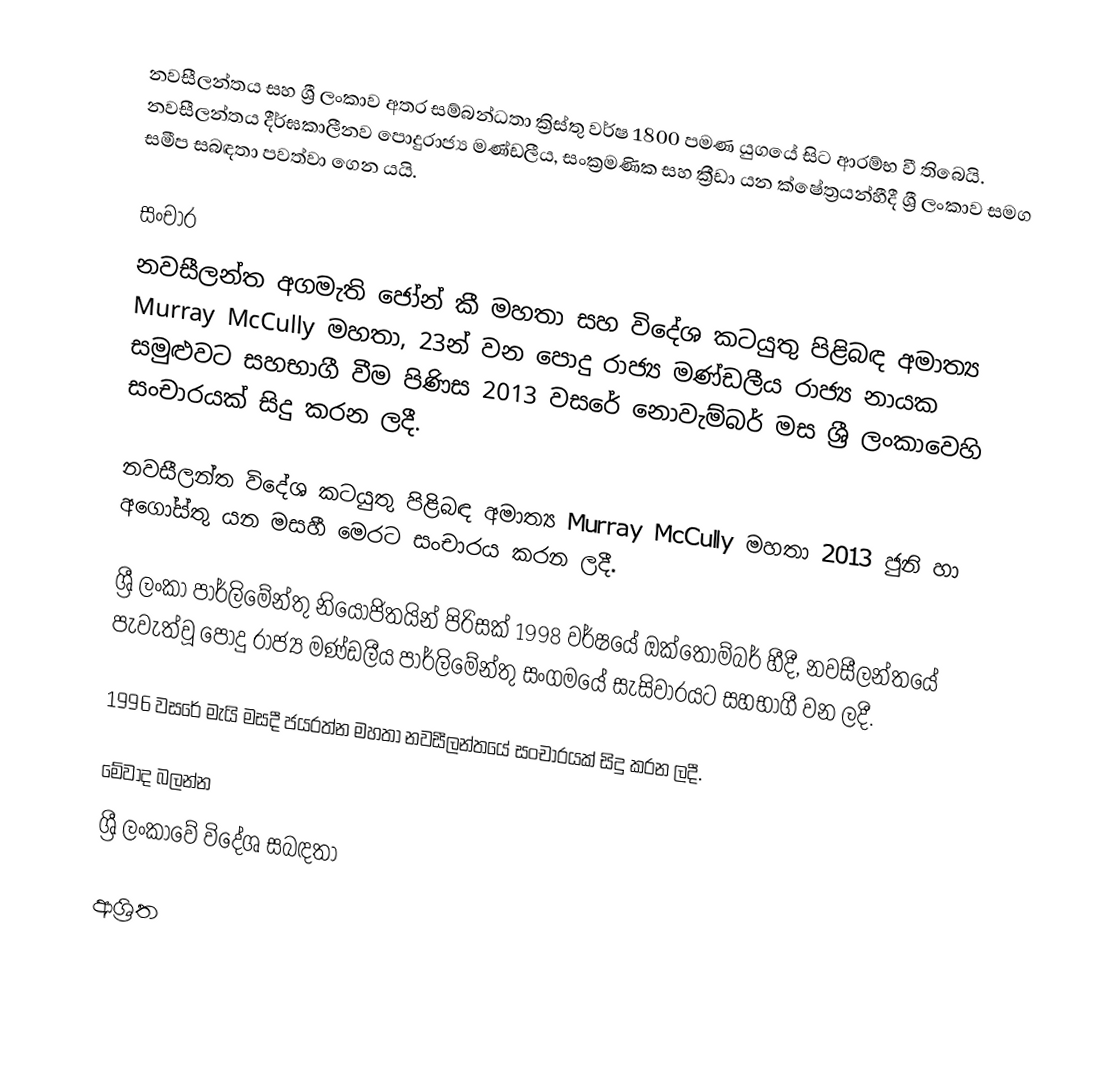
නවසීලන්තය සහ ශ්‍රී ලංකාව අතර සම්බන්ධතා ක්‍රිස්තු වර්ෂ 1800 පමණ යුගයේ සිට ආරම්භ වී තිබෙයි. නවසීලන්තය දීර්ඝකාලීනව පොදුරාජ්‍ය මණ්ඩලීය, සංක්‍රමණික සහ ක්‍රීඩා යන ක්ෂේත්‍රයන්හීදී ශ්‍රී ලංකාව සමග සමීප සබඳතා පවත්වා ගෙන යයි.

සංචාර
නවසීලන්ත අගමැති ජෝන් කී මහතා සහ විදේශ කටයුතු පිළිබඳ අමාත්‍ය Murray McCully මහතා, 23න් වන පොදු රාජ්‍ය මණ්ඩලීය රාජ්‍ය නායක සමුළුවට සහභාගී වීම පිණිස 2013 වසරේ නොවැම්බර් මස ශ්‍රී ලංකාවෙහි සංචාරයක් සිදු කරන ලදී.

නවසීලන්ත විදේශ කටයුතු පිළිබඳ අමාත්‍ය Murray McCully මහතා 2013 ජුනි හා අගෝස්තු යන මසහී මෙරට සංචාරය කරන ලදී.

ශ්‍රී ලංකා පාර්ලිමේන්තු නියෝජිතයින් පිරිසක් 1998 වර්ෂයේ ඔක්තෝම්බර් හීදී, නවසීලන්තයේ පැවැත්වූ පොදු රාජ්‍ය මණ්ඩලීය පාර්ලිමේන්තු සංගමයේ සැසිවාරයට සහභාගී වන ලදී.

1996 වසරේ මැයි මසදී ජයරත්න මහතා නවසීලන්තයේ සංචාරයක් සිදු කරන ලදී.

මේවාද බලන්න
 ශ්‍රී ලංකාවේ විදේශ සබඳතා

ආශ්‍රිත